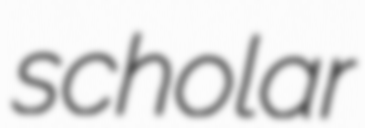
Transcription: scholar